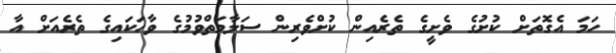
ހަމަ އެގޮތަށް ކުށުގެ ވެށީގެ ތެރެއިން ކުށްވެރިން ސަލާމަތްވުމުގެ ވާހަކައިގެ ތެރެއަށް އާ